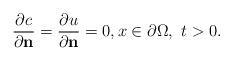
LaTeX: \begin{align*}\frac{\partial c}{\partial \mathbf n} = \frac{\partial u}{\partial \mathbf n} = 0, x\in\partial\Omega,~t>0.\end{align*}